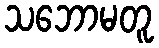
သဘောမတူ